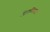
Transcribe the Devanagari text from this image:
विटामिनवाटर